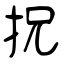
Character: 拀